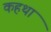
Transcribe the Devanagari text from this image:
कहथा